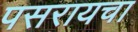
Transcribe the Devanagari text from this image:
पसरायचा